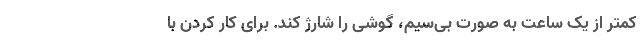
کمتر از یک ساعت به صورت بی‌سیم، گوشی را شارژ کند. برای کار کردن با